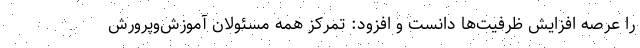
را عرصه افزایش ظرفیت‌ها دانست و افزود: تمرکز همه مسئولان آموزش‌وپرورش